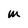
Character: M